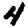
Digit: 4